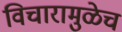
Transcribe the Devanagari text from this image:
विचारामुळेच